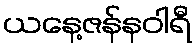
ယနေ့ဇန်နဝါရီ